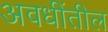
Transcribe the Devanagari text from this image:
अवधींतील